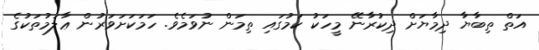
އަތް ތިބާޔާ ދިމާޔަށް ދިކުރާނޭ މީހަކު ކަމުގައި ތިމަން ނުވަމެވެ. ހަމަކަށަވަރުން ޢާލަމުތަކުގެ